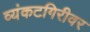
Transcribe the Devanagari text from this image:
व्यंकटगिरीवर